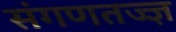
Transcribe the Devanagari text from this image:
संगणतज्ज्ञ